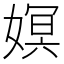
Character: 嫇